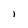
Character: l